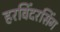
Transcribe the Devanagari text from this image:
हरविंदरसिंग